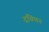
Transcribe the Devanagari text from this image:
द्रविणन